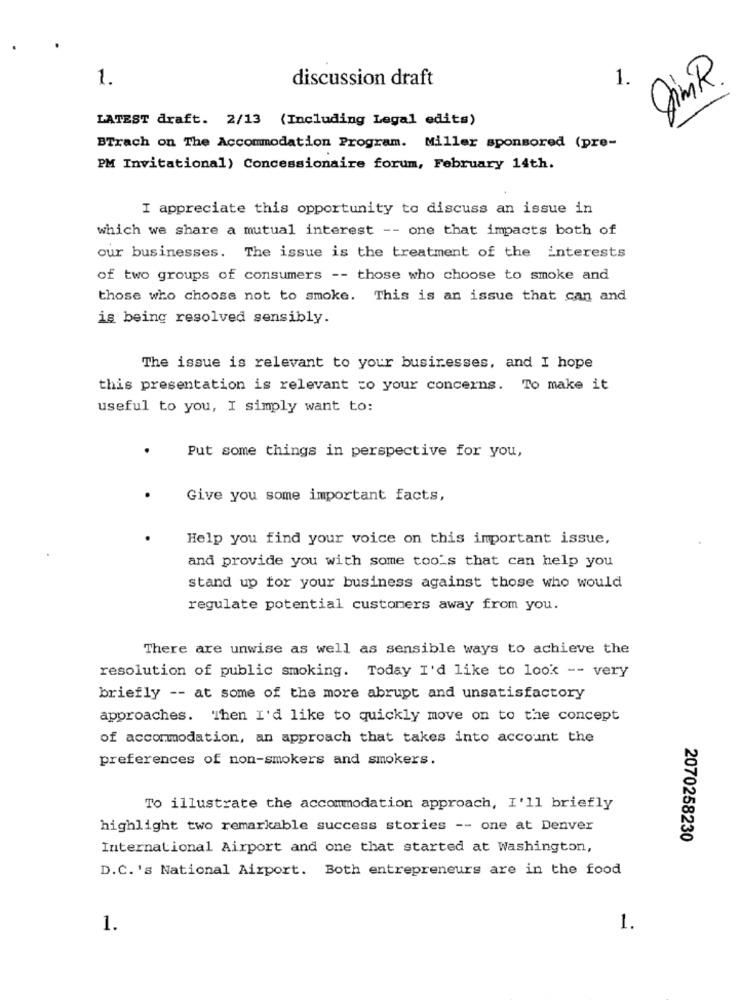
1.
discussion draft
1.
Sim R.
LATEST draft. 2/13 (Including Legal edits)
BTrach on The Accommodation Program. Miller sponsored (pre-
PM Invitational) Concessionaire forum, February 14th.
I appreciate this opportunity to discuss an issue in
which we share a mutual interest -- one that impacts both of
our businesses. The issue is the treatment of the interests
of two groups of consumers -- those who choose to smoke and
those who choose not to smoke. This is an issue that can and
is being resolved sensibly.
The issue is relevant to your businesses, and I hope
this presentation is relevant to your concerns. To make it
useful to you, I simply want to:
Put some things in perspective for you,
Give you some important facts,
Help you find your voice on this important issue,
and provide you with some too's that can help you
stand up for your business against those who would
regulate potential customers away from you.
There are unwise as well as sensible ways to achieve the
resolution of public smoking. Today I'd like to look -- very
briefly -- at some of the more abrupt and unsatisfactory
approaches. Then I'd like to quickly move on to the concept
of accommodation, an approach that takes into account the
preferences of non-smokers and smokers.
To illustrate the accommodation approach, I'll briefly
highlight two remarkable success stories -- one at Denver
2070258230
International Airport and one that started at Washington,
D.C. 's National Airport. Both entrepreneurs are in the food
1.
1.